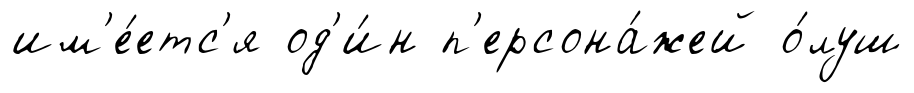
им'е́етс'я од'и́н п'ерсона́жей о́луш